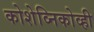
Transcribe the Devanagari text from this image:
कोशेव्निकोव्ही